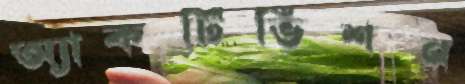
অ্যাকটিভিশন